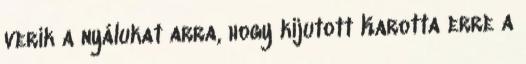
verik a nyálukat arra, hogy kijutott Karotta erre a